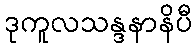
ဒုကူလသန္ဒနာနိပီ